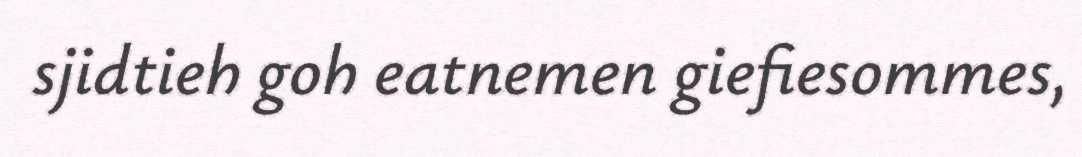
sjidtieh goh eatnemen giefiesommes,